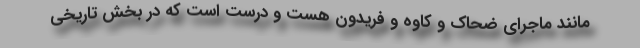
مانند ماجرای ضحاک و کاوه و فریدون هست و درست است که در بخش تاریخی